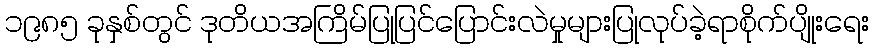
၁၉၈၅ ခုနှစ်တွင် ဒုတိယအကြိမ်ပြုပြင်ပြောင်းလဲမှုများပြုလုပ်ခဲ့ရာစိုက်ပျိုးရေး